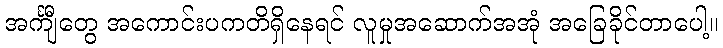
အင်္ကျီတွေ အကောင်းပကတိရှိနေရင် လူမှုအဆောက်အအုံ အခြေခိုင်တာပေါ့။